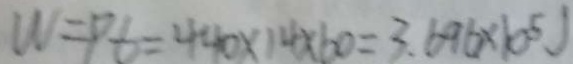
W = P t = 4 4 0 \times 1 4 \times 6 0 = 3 . 6 9 6 \times 1 0 ^ { 5 } J